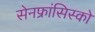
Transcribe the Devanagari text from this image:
सेनफ्रांसिस्को